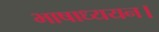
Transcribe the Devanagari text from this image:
भाषाध्ययन।